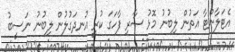
އެޓަލާންޓާ އަތުން ލިބުނު މޮޅު ސާރި ފާހަގަ ކުރީ އުނދަގުލުން ލިބުނު ނަސީބު